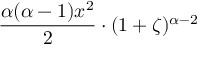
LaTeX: { \frac { \alpha ( \alpha - 1 ) x ^ { 2 } } { 2 } } \cdot ( 1 + \zeta ) ^ { \alpha - 2 }